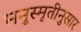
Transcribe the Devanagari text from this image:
मनुस्मृतीनुसार